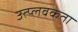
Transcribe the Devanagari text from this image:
उत्प्लवकता